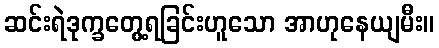
ဆင်းရဲဒုက္ခတွေ့ရခြင်းဟူသော အာဟုနေယျမီး။